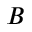
B